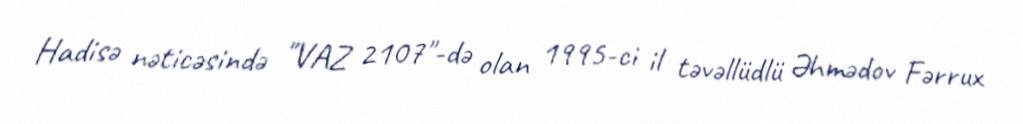
Hadisə nəticəsində "VAZ 2107"-də olan 1995-ci il təvəllüdlü Əhmədov Fərrux